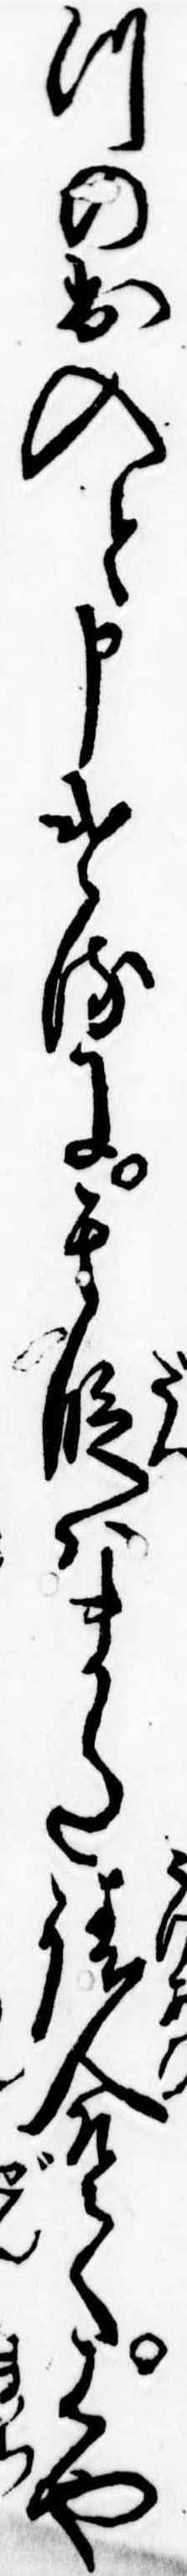
つの出入と申けるに其段はまた請合てはや